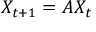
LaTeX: X _ { t + 1 } = A X _ { t }